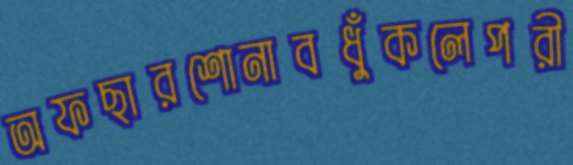
অফছারশোনাবধুঁকলেপরী